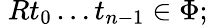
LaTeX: \; Rt_{0}\ldots t_{n-1}\in\Phi;